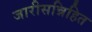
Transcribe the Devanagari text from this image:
जारीसन्निहित